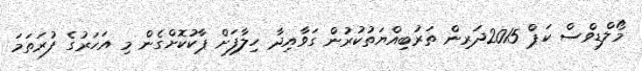
މޯލްޑިވްސް ކަޕް 2015ދަރިން ތަރުބިއްޔަތުކުރުން ގަވާއިދާ ހިލާފަށް ޕާކުކޮށްގެން މި އަހަރުގެ ފުރަތަމަ